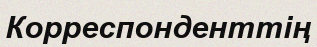
Корреспонденттің